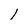
Character: l